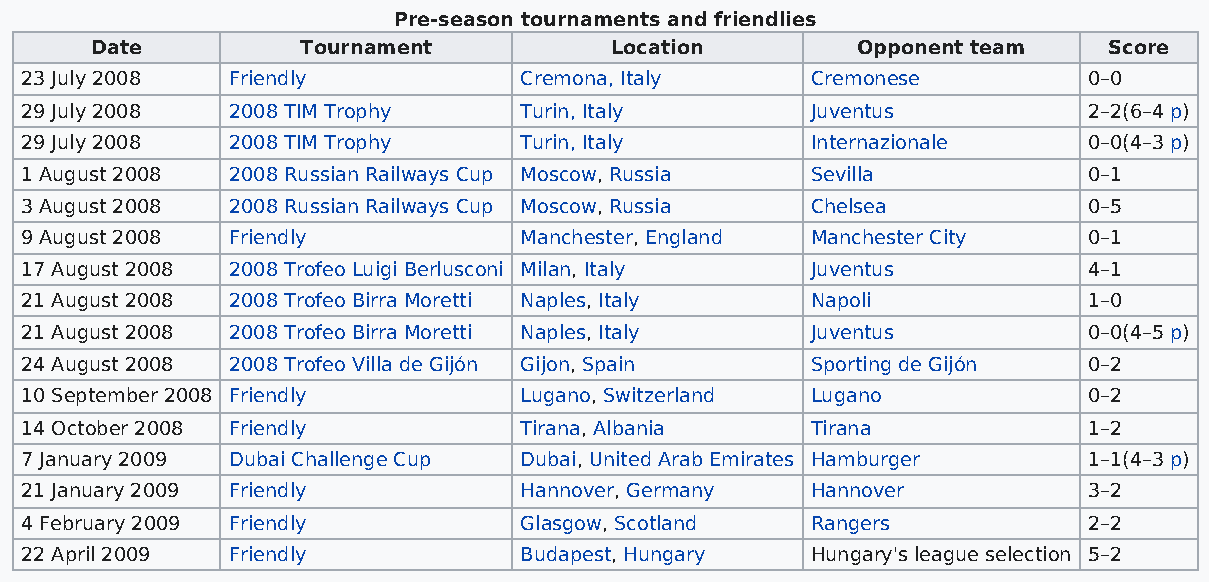
Pre-season tournaments and friendlies
 Date          Tournament          Location         Opponent team   Score
 23 July 2008  Friendly           Cremona, Italy      Cremonese         0–0
 29 July 2008  2008 TIM Trophy    Turin, Italy        Juventus          2–2(6–4 p)
 29 July 2008  2008 TIM Trophy    Turin, Italy        Internazionale    0–0(4–3 p)
 1 August 2008 2008 Russian Railways Cup Moscow, Russia Sevilla         0–1
 3 August 2008 2008 Russian Railways Cup Moscow, Russia Chelsea         0–5
 9 August 2008 Friendly           Manchester, England Manchester City   0–1
 17 August 2008 2008 Trofeo Luigi Berlusconi Milan, Italy Juventus      4–1
 21 August 2008 2008 Trofeo Birra Moretti Naples, Italy Napoli          1–0
 21 August 2008 2008 Trofeo Birra Moretti Naples, Italy Juventus        0–0(4–5 p)
 24 August 2008 2008 Trofeo Villa de Gijón Gijon, Spain Sporting de Gijón 0–2
 10 September 2008 Friendly       Lugano, Switzerland Lugano            0–2
 14 October 2008 Friendly         Tirana, Albania     Tirana            1–2
 7 January 2009 Dubai Challenge Cup Dubai, United Arab Emirates Hamburger 1–1(4–3 p)
 21 January 2009 Friendly         Hannover, Germany   Hannover          3–2
 4 February 2009 Friendly         Glasgow, Scotland   Rangers           2–2
 22 April 2009 Friendly           Budapest, Hungary   Hungary's league selection 5–2